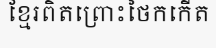
ខ្មែរពិតព្រោះថៃកកើត